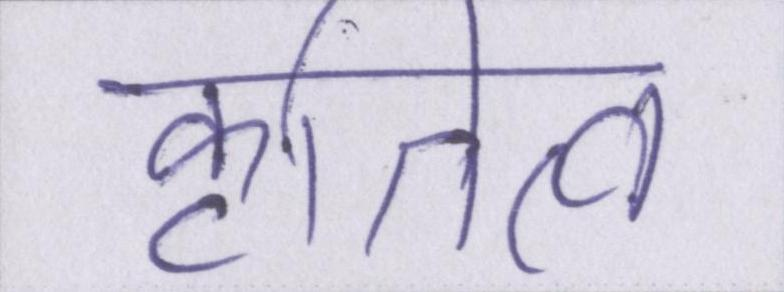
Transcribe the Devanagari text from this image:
कृतित्व